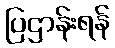
ပြဌာန်းရန်